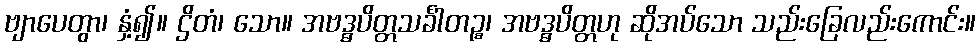
ဗျာပေတွာ၊ နှံ့၍။ ဌိတံ၊ သော။ အဗဒ္ဓပိတ္တသင်္ခါတဉ္စ၊ အဗဒ္ဓပိတ္တဟု ဆိုအပ်သော သည်းခြေလည်းကောင်း။